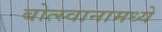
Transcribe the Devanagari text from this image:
बोत्स्वानामध्ये